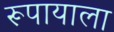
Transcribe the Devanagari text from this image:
रूपायाला